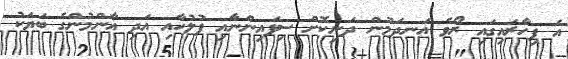
އެ ފިހާރައިގައި ރޯވެ އަނދަމުން ދަނިކޮށް ސިފައިންނާއި ފުލުހާއި އަދި އާންމުންގެ ބަޔަކު